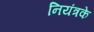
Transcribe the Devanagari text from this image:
नियंत्रके